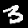
Digit: 3